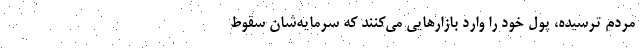
مردم ترسیده، پول خود را وارد بازارهایی می‌کنند که سرمایه‌شان سقوط